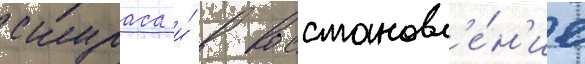
скураса и́ в восстановл'е́н'ие